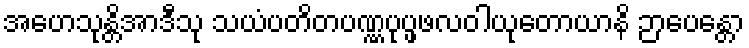
အဟေသုန္တိအာဒီသု သယံပတိတပဏ္ဏပုပ္ဖဖလဝါယုတောယာနိ ဉာပေန္တော